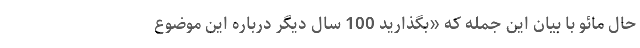
حال مائو با بیان این جمله که «بگذارید 100 سال دیگر درباره این موضوع